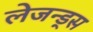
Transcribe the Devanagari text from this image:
लेजन्ड्स